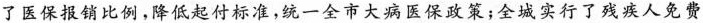
了医保报销比例，降低起付标准，统一全市大病医保政策；全城实行了残疾人免费